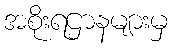
အစိုးရဌာနများမှ